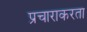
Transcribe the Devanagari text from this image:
प्रचाराकरता